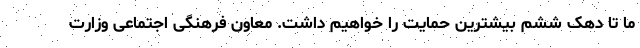
ما تا دهک ششم بیشترین حمایت را خواهیم داشت. معاون فرهنگی اجتماعی وزارت